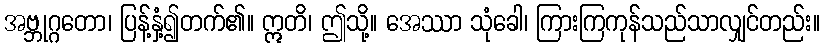
အဗ္ဘုဂ္ဂတော၊ ပြန့်နှံ့၍တက်၏။ ဣတိ၊ ဤသို့။ အေဿာ သုံခေါ၊ ကြားကြကုန်သည်သာလျှင်တည်း။